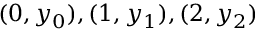
( 0 , y _ { 0 } ) , ( 1 , y _ { 1 } ) , ( 2 , y _ { 2 } )